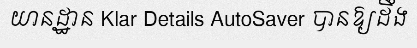
យានដ្ឋាន Klar Details AutoSaver បានឱ្យដឹង